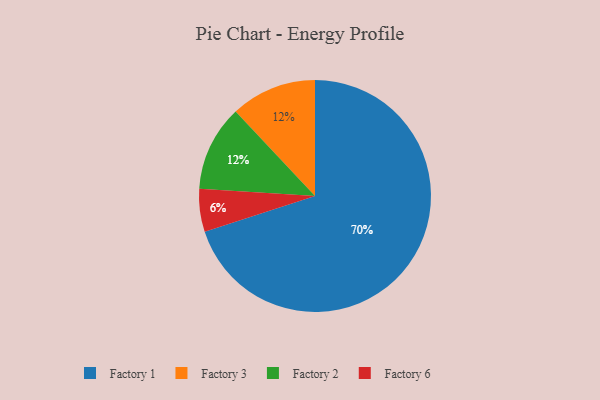
{"axis": {"x": "Category", "y": "Percentage"}, "legend": ["Factory 1", "Factory 2", "Factory 3", "Factory 6"], "data": [{"x": "Factory 6", "y": 6, "type": "Factory 6"}, {"x": "Factory 3", "y": 12, "type": "Factory 3"}, {"x": "Factory 1", "y": 70, "type": "Factory 1"}, {"x": "Factory 2", "y": 12, "type": "Factory 2"}]}